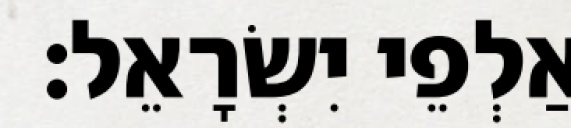
אַלְפֵי יִשְׂרָאֵל׃